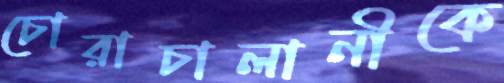
চোরাচালানীকে